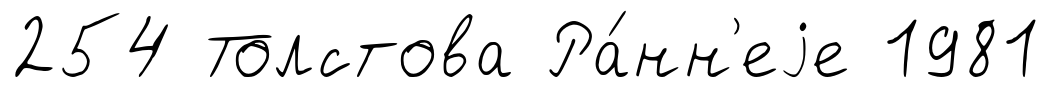
254 Толстова Ра́нн'еjе 1981